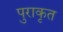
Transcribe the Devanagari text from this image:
पुराकृत